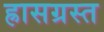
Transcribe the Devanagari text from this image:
ह्रासग्रस्त